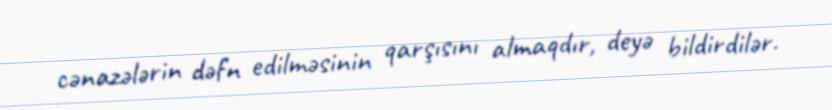
cənazələrin dəfn edilməsinin qarşısını almaqdır, deyə bildirdilər.